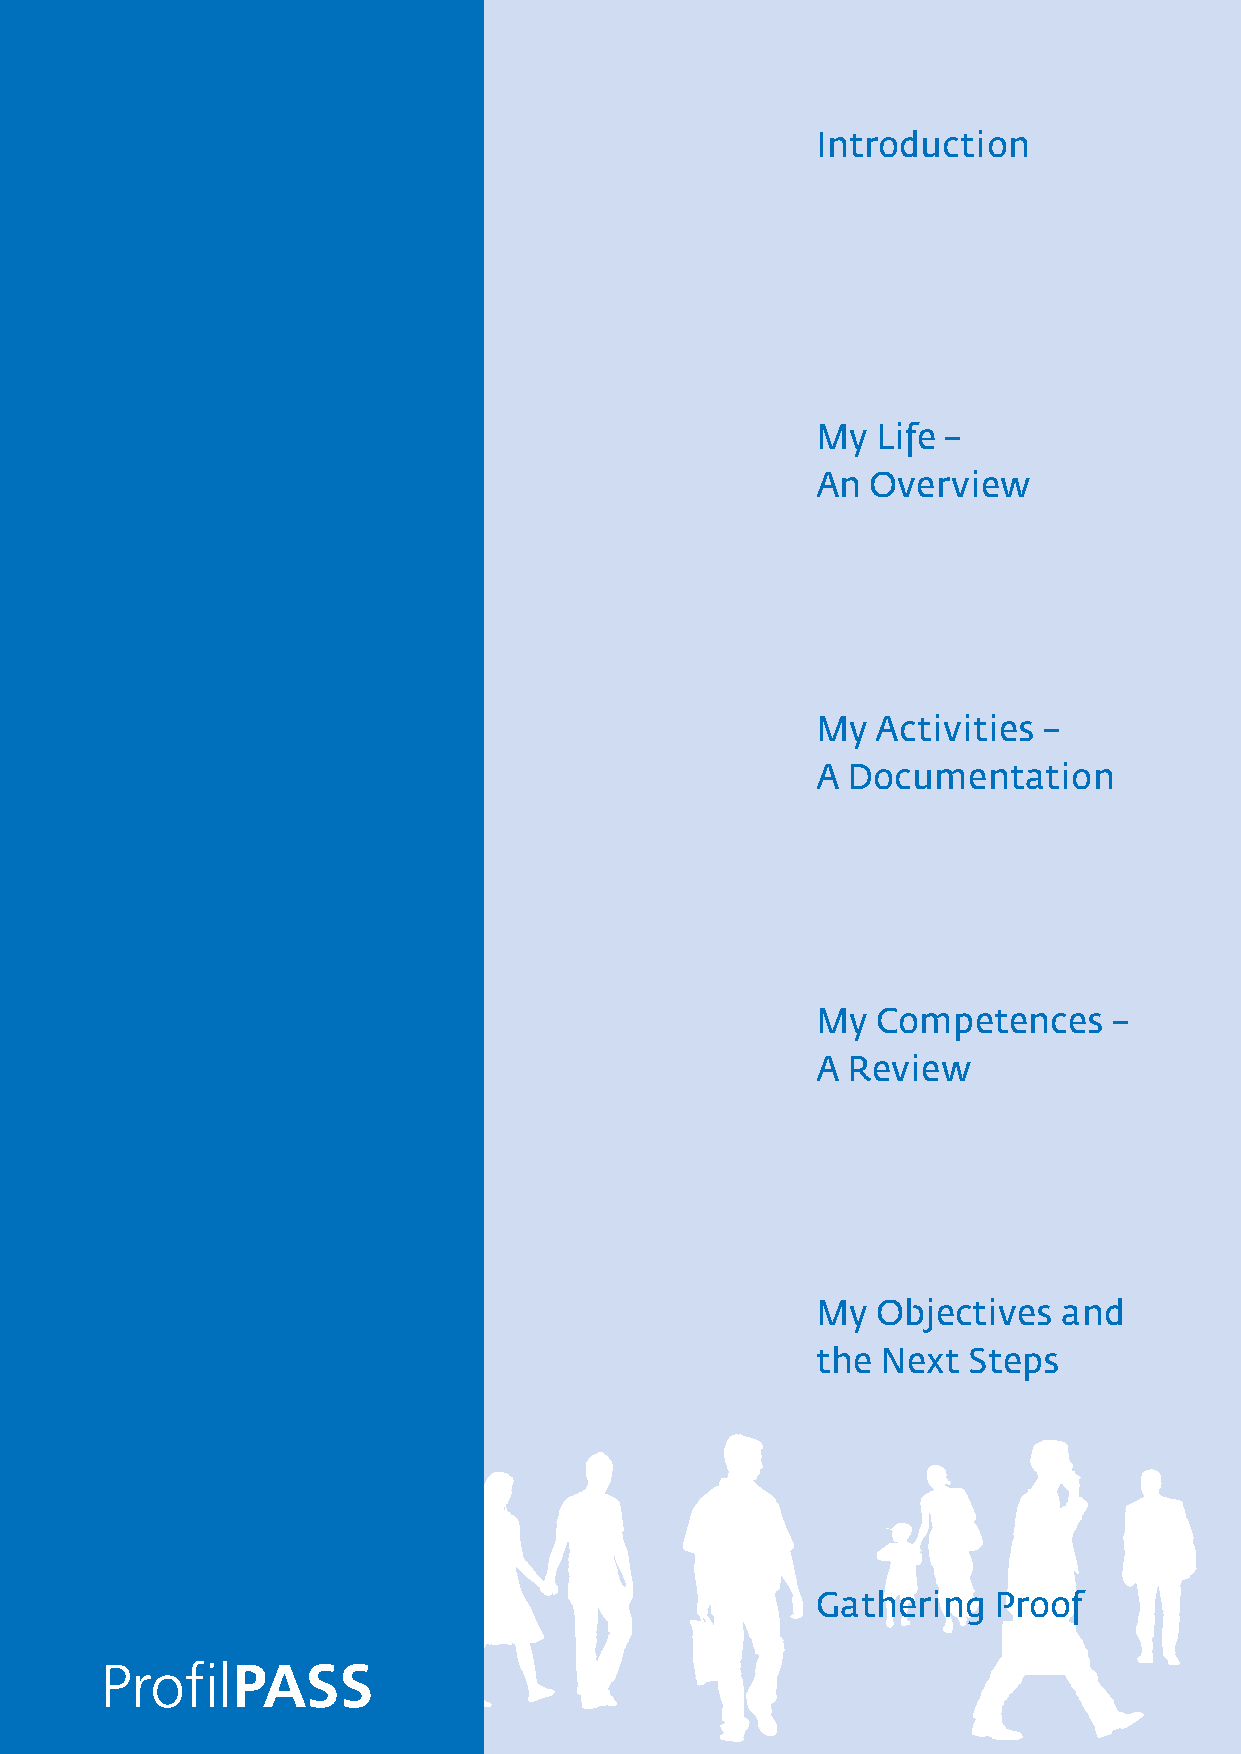
Introduction
 My  Life –
 An  Overview
 My  Activities –
 A Documentation
 My  Competences     –
 A Review
 My  Objectives  and
 the Next  Steps
 Gathering   Proof